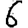
Digit: 6